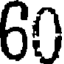
60